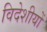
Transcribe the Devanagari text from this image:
विदेशीयों